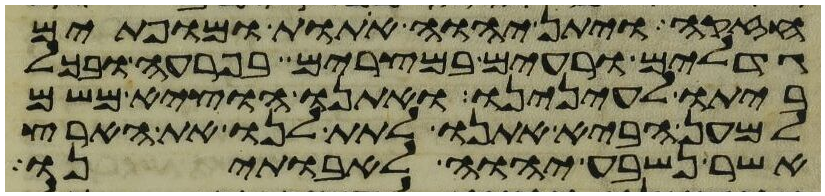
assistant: חזקה ויתן יהוה אתות ומופתים
גדלים ורעים במצרים בפרעה ובכל
ביתו לעינינו ואתנו הוציא משם
למען הביא אתנו לתת לנו את הארץ
אשר נשבע יהוה לאבתינו